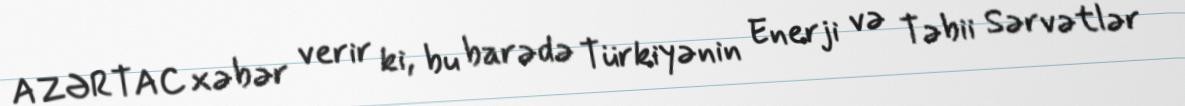
AZƏRTAC xəbər verir ki, bu barədə Türkiyənin Enerji və Təbii Sərvətlər